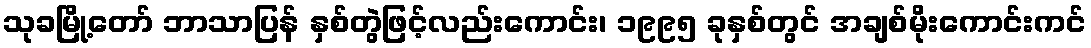
သုခမြို့တော် ဘာသာပြန် နှစ်တွဲဖြင့်လည်းကောင်း၊ ၁၉၉၅ ခုနှစ်တွင် အချစ်မိုးကောင်းကင်